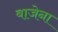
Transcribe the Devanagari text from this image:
बाजेना